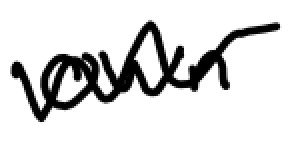
Text: own
Cross-out: wave
Writing tool: digital_black